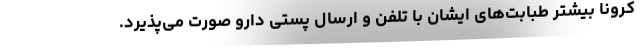
کرونا بیشتر طبابت‌های ایشان با تلفن و ارسال پستی دارو صورت می‌پذیرد.